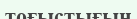
тоғыстығын